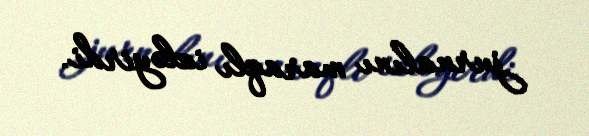
jurnalını maraqlı izləyirdi.